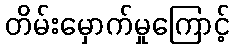
တိမ်းမှောက်မှုကြောင့်